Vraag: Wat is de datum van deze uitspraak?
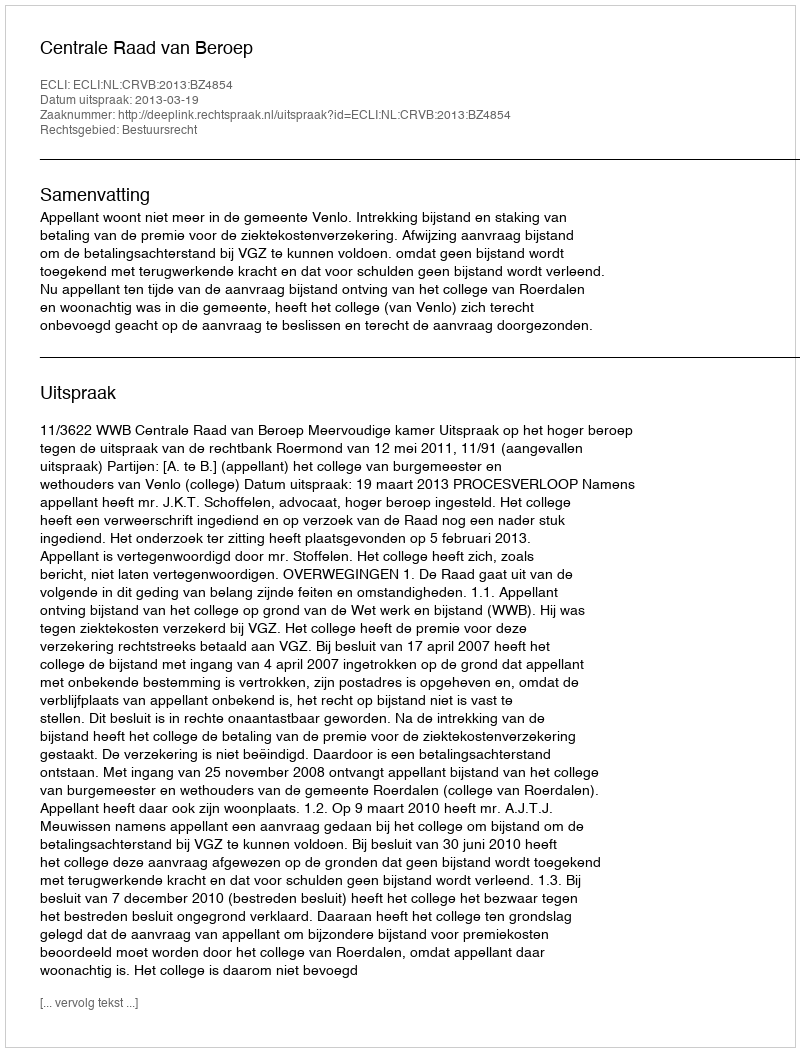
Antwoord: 2013-03-19